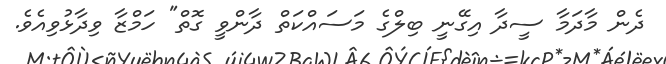
ދެން މާދަމާ ސީދާ އިގޭނީ ބިލްގެ މަސައްކަތް ދާންވީ ގޮތް" ހަމްޒާ ވިދާޅުވިއެވެ.